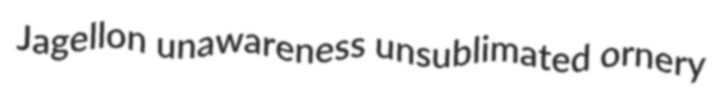
Jagellon unawareness unsublimated ornery